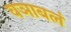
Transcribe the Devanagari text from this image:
वञाबलं